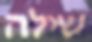
שילה